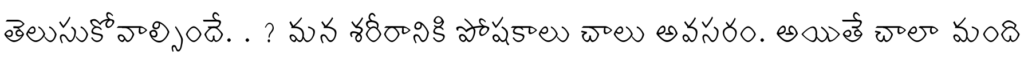
తెలుసుకోవాల్సిందే. . ? మన శరీరానికి పోషకాలు చాలు అవసరం. అయితే చాలా మంది